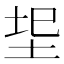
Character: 𭎐